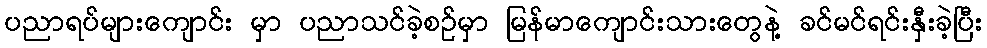
ပညာရပ်များကျောင်း မှာ ပညာသင်ခဲ့စဉ်မှာ မြန်မာကျောင်းသားတွေနဲ့ ခင်မင်ရင်းနှီးခဲ့ပြီး